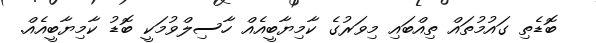
ބޮޑެތި ގައުމުތައް ތިއްބައި މިވަރުގެ ކާމިޔާބީއެއް ހާސިލްވުމަކީ ބޮޑު ކާމިޔާބީއެއް.